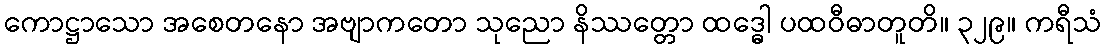
ကောဋ္ဌာသော အစေတနော အဗျာကတော သုညော နိဿတ္တော ထဒ္ဓေါ ပထဝီဓာတူတိ။ ၃၂၉။ ကရီသံ